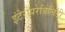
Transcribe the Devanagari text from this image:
इंटेरोपरेबिलिटी